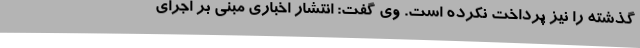
گذشته را نیز پرداخت نکرده است. وی گفت: انتشار اخباری مبنی بر اجرای